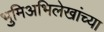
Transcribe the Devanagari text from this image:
भुमिअभिलेखांच्या